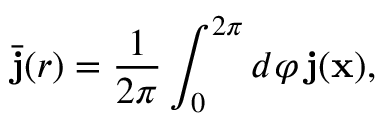
\bar { \bf { j } } ( r ) = \frac { 1 } { 2 \pi } \int _ { 0 } ^ { 2 \pi } d \varphi \, \bf { j } ( \bf { x } ) ,